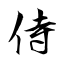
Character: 侍